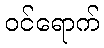
ဝင်ရောက်